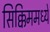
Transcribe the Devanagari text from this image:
सिक्किममध्ये